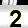
Digit: 2